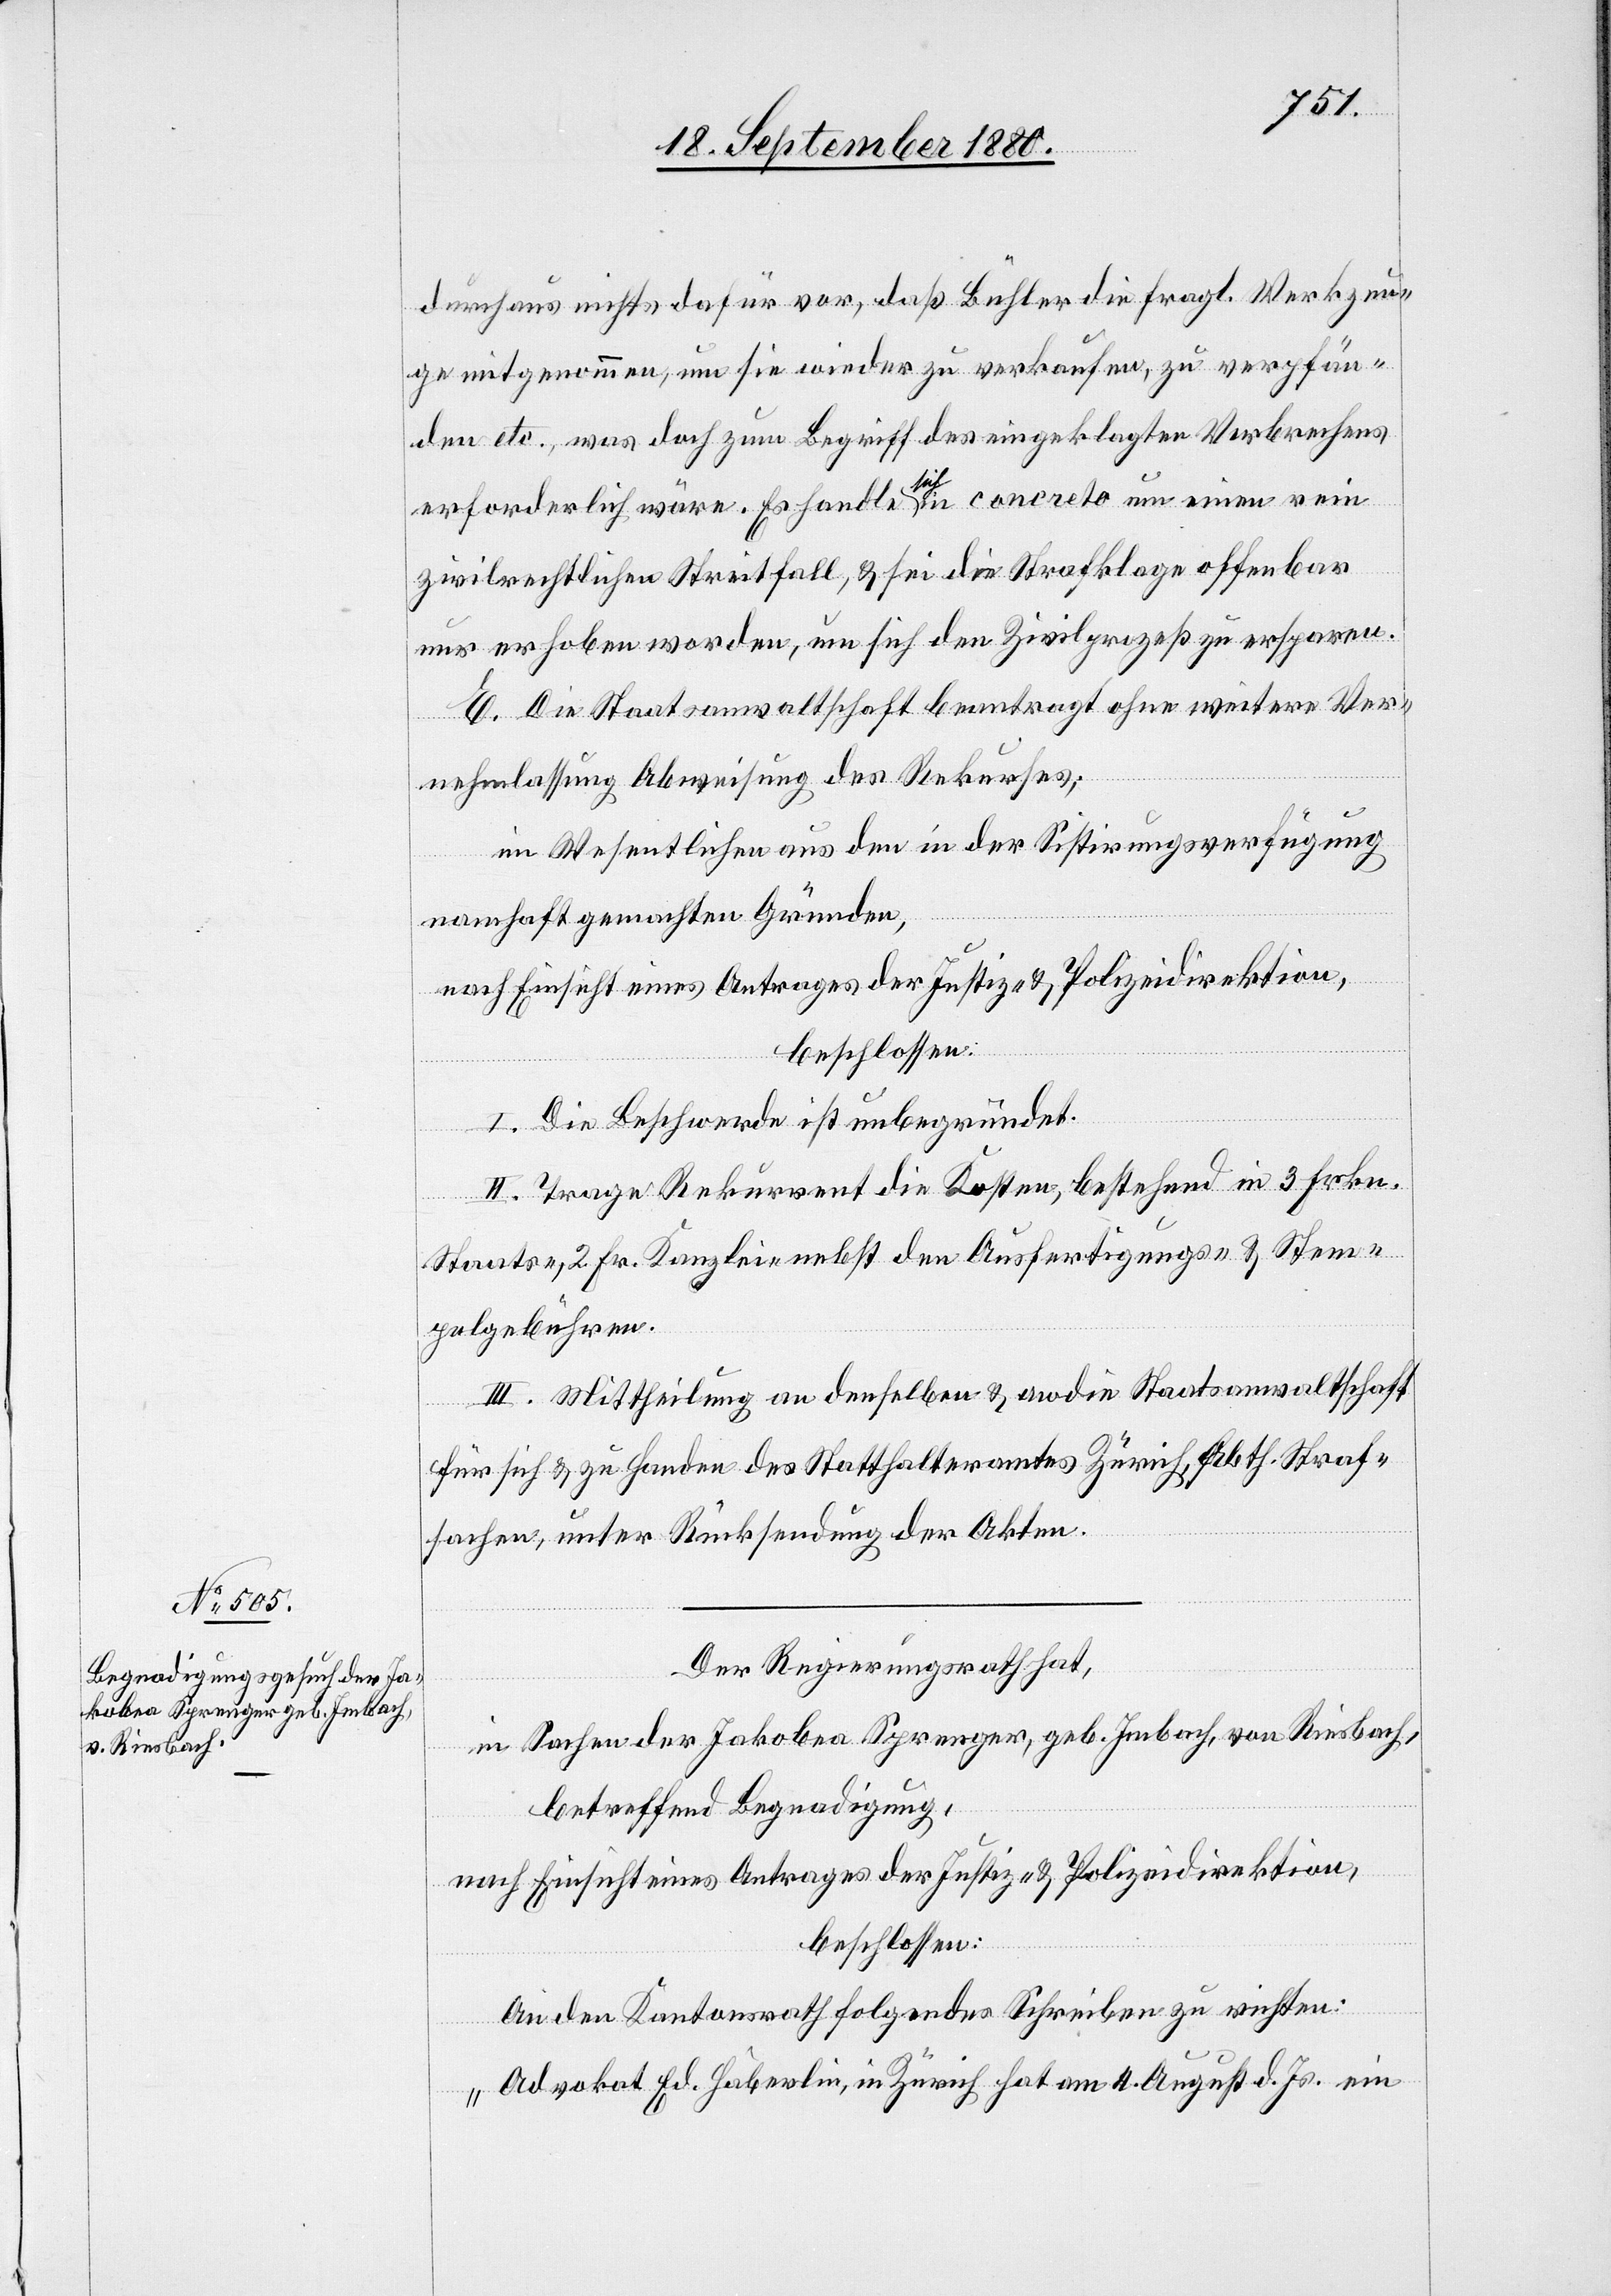
durchaus nichts dafür vor, daß Bühler die fragl. Werkzeu¬
ge mitgenommen, um sie wieder zu verkaufen, zu verpfän¬
den etc., was doch zum Begriff des eingeklagten Verbrechers
erforderlich wäre. Es handle sich in concreto um einen rein
zivilrechtlichen Streitfall, & sei die Strafklage offenbar
nur erhoben worden, um sich den Zivilprozeß zu ersparen.
E. Die Staatsanwaltschaft beantragt ohne weitere Ver¬
nehmlassung Abweisung des Rekurses;
im Wesentlichen aus dem in der Sistirungsverfügung
namhaft gemachten Gründen,
nach Einsicht eines Antrages der Justiz- & Polizeidirektion,
beschlossen:
I. Die Beschwerde ist unbegründet.
II. Trage Rekurrent die Kosten, bestehend in 3 Frkn.
Staats-, 2 Fr. Kanzlei- nebst den Ausfertigungs- & Stem¬
pelgebühren.
III. Mittheilung an denselben & an die Stattanwaltschaft
für sich & zu Handen des Statthalteramtes Zürich, Abth. Straf¬
sachen, unter Rücksendung der Akten.
Der Regierungsrath hat,
in Sachen der Jakobea Sprenger, geb. Imbach, von Riesbach,
betreffend Begnadigung,
nach Einsicht eines Antrages der Justiz- & Polizeidirektion,
beschlossen:
An den Kantonsrath folgendes Schreiben zu richten:
„Advokat Ed. Häberlin, in Zürich hat am 4. August d. Js. ein